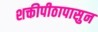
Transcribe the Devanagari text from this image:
शक्तीपीठापासुन